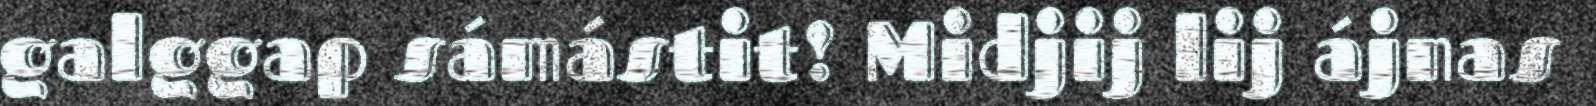
galggap sámástit! Midjij lij ájnas